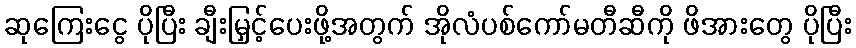
ဆုကြေးငွေ ပိုပြီး ချီးမြှင့်ပေးဖို့အတွက် အိုလံပစ်ကော်မတီဆီကို ဖိအားတွေ ပိုပြီး